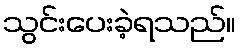
သွင်းပေးခဲ့ရသည်။